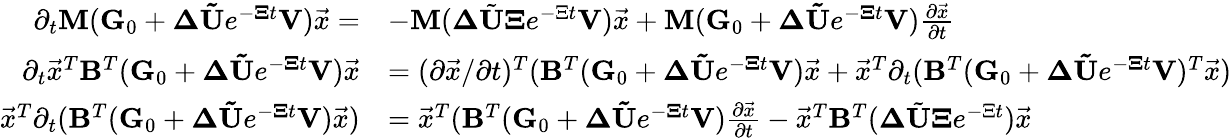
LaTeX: \begin{array}{rl}{\partial_{t}\mathbf{M}(\mathbf{G}_{0}+\mathbf{\Delta}\mathbf{\tilde{U}}e^{-\mathbf{\Xi}t}\mathbf{V})\vec{x}=}&{-\mathbf{M}(\mathbf{\Delta}\tilde{\mathbf{U}}\mathbf{\Xi}e^{-\Xi t}\mathbf{V})\vec{x}+\mathbf{M}(\mathbf{G}_{0}+\mathbf{\Delta}\mathbf{\tilde{U}}e^{-\mathbf{\Xi}t}\mathbf{V})\frac{\partial\vec{x}}{\partial t}}\\ {\partial_{t}\vec{x}^{T}\mathbf{B}^{T}(\mathbf{G}_{0}+\mathbf{\Delta}\mathbf{\tilde{U}}e^{-\mathbf{\Xi}t}\mathbf{V})\vec{x}}&{=(\partial\vec{x}/\partial t)^{T}(\mathbf{B}^{T}(\mathbf{G}_{0}+\mathbf{\Delta}\mathbf{\tilde{U}}e^{-\mathbf{\Xi}t}\mathbf{V})\vec{x}+\vec{x}^{T}\partial_{t}(\mathbf{B}^{T}(\mathbf{G}_{0}+\mathbf{\Delta}\mathbf{\tilde{U}}e^{-\mathbf{\Xi}t}\mathbf{V})^{T}\vec{x})}\\ {\vec{x}^{T}\partial_{t}(\mathbf{B}^{T}(\mathbf{G}_{0}+\mathbf{\Delta}\mathbf{\tilde{U}}e^{-\mathbf{\Xi}t}\mathbf{V})\vec{x})}&{=\vec{x}^{T}(\mathbf{B}^{T}(\mathbf{G}_{0}+\mathbf{\Delta}\mathbf{\tilde{U}}e^{-\mathbf{\Xi}t}\mathbf{V})\frac{\partial\vec{x}}{\partial t}-\vec{x}^{T}\mathbf{B}^{T}(\mathbf{\Delta}\tilde{\mathbf{U}}\mathbf{\Xi}e^{-\Xi t})\vec{x}}\end{array}